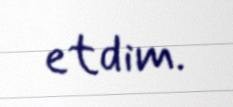
etdim.